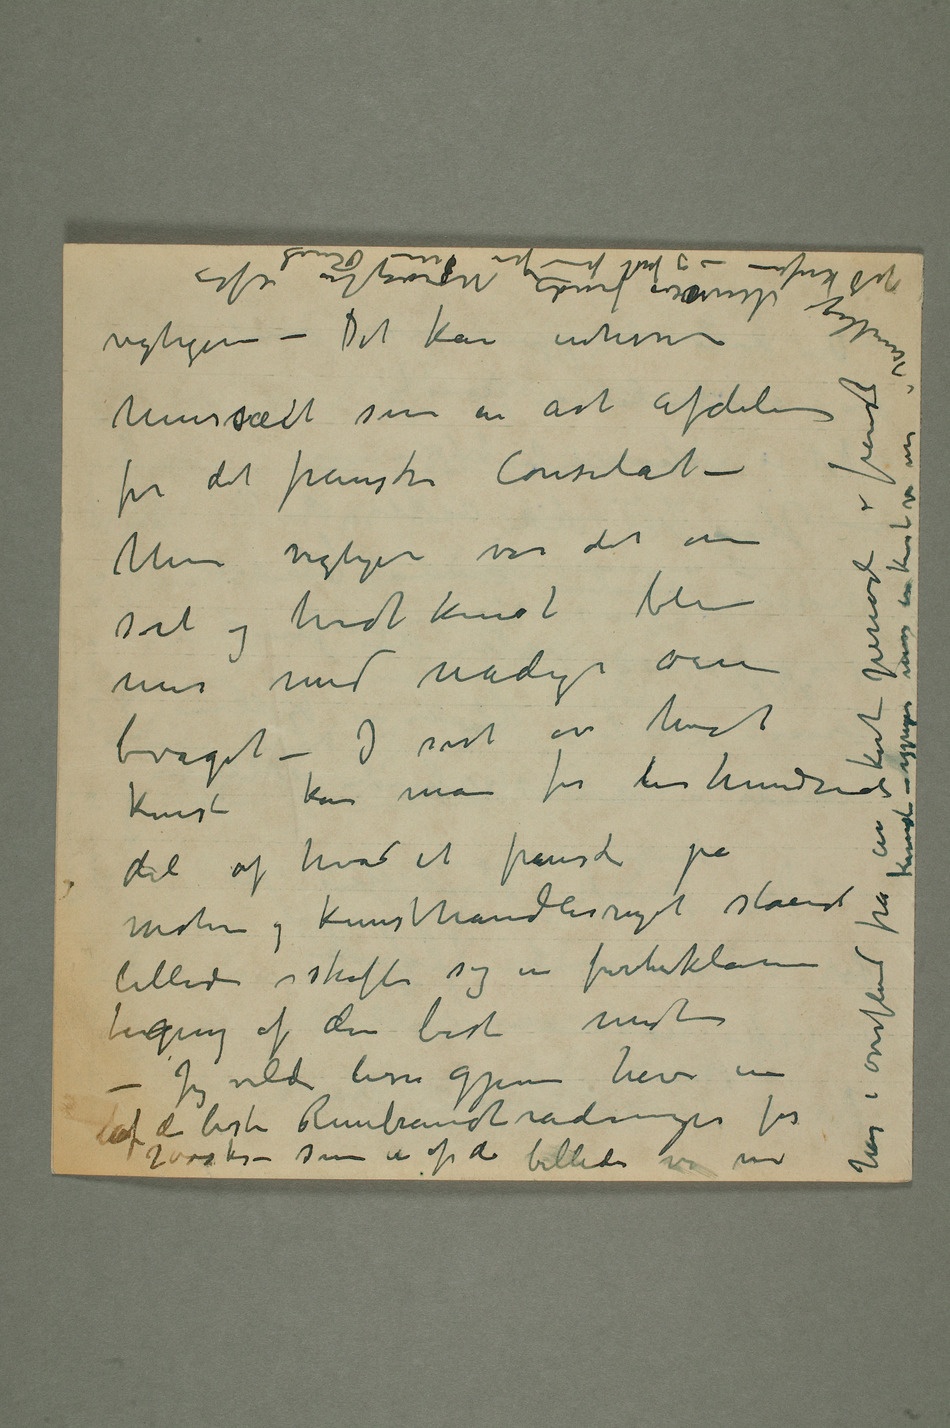
vigtigere – Det kan interessere
Men vigtigere var det om
billed skaffe sig en førsteklasses
tegning af den beste mester – Jeg
vilde lisså gjerne have en
af de beste Rembrandtraderinger for
– som et af de billeder vi nu har i overflod fra en kort periode